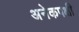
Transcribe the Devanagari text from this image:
अनेकपक्षी